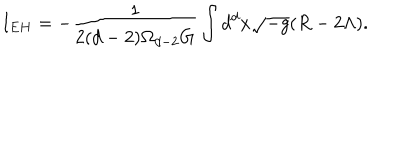
I _ { E H } = - \frac { 1 } { 2 ( d - 2 ) \Omega _ { d - 2 } G } \int d ^ { d } x \sqrt { - g } ( R - 2 \Lambda ) .